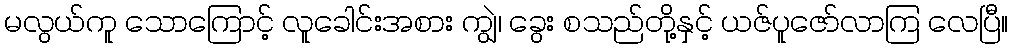
မလွယ်ကူ သောကြောင့် လူခေါင်းအစား ကျွဲ၊ ခွေး စသည်တို့နှင့် ယဇ်ပူဇော်လာကြ လေပြီ။